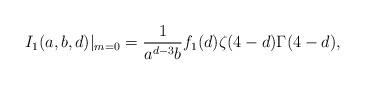
LaTeX: \begin{align*}I_{1}(a,b,d)|_{m=0}=\frac{1}{a^{d-3}b} f_{1}(d)\zeta(4-d)\Gamma(4-d),\end{align*}